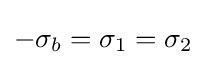
-\sigma _{b}=\sigma _{1}=\sigma _{2}